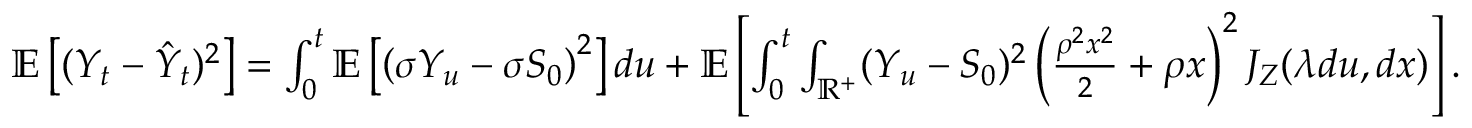
\begin{array} { r } { \mathbb { E } \left[ ( Y _ { t } - \hat { Y } _ { t } ) ^ { 2 } \right] = \int _ { 0 } ^ { t } \mathbb { E } \left[ \left( \sigma Y _ { u } - \sigma S _ { 0 } \right) ^ { 2 } \right] d u + \mathbb { E } \left[ \int _ { 0 } ^ { t } \int _ { \mathbb { R } ^ { + } } ( Y _ { u } - S _ { 0 } ) ^ { 2 } \left( \frac { \rho ^ { 2 } x ^ { 2 } } { 2 } + \rho x \right) ^ { 2 } J _ { Z } ( \lambda d u , d x ) \right] . } \end{array}